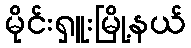
မိုင်းရှူးမြို့နယ်